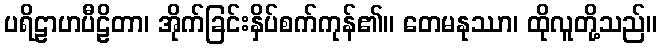
ပရိဠာဟပီဠိတာ၊ အိုက်ခြင်းနှိပ်စက်ကုန်၏။ တေမနုဿာ၊ ထိုလူတို့သည်။